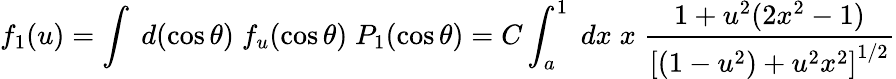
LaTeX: f_{1}(u)=\int\; d(\cos\theta)\; f_{u}(\cos\theta)\; P_{1}(\cos\theta)=C\int_{a}^{1}\; dx\; x\; \frac{1+u^{2}(2x^{2}-1)}{\left[(1-u^{2})+u^{2}x^{2}\right]^{1/2}}